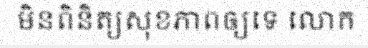
មិនពិនិត្យសុខភាពឲ្យទេ លោក